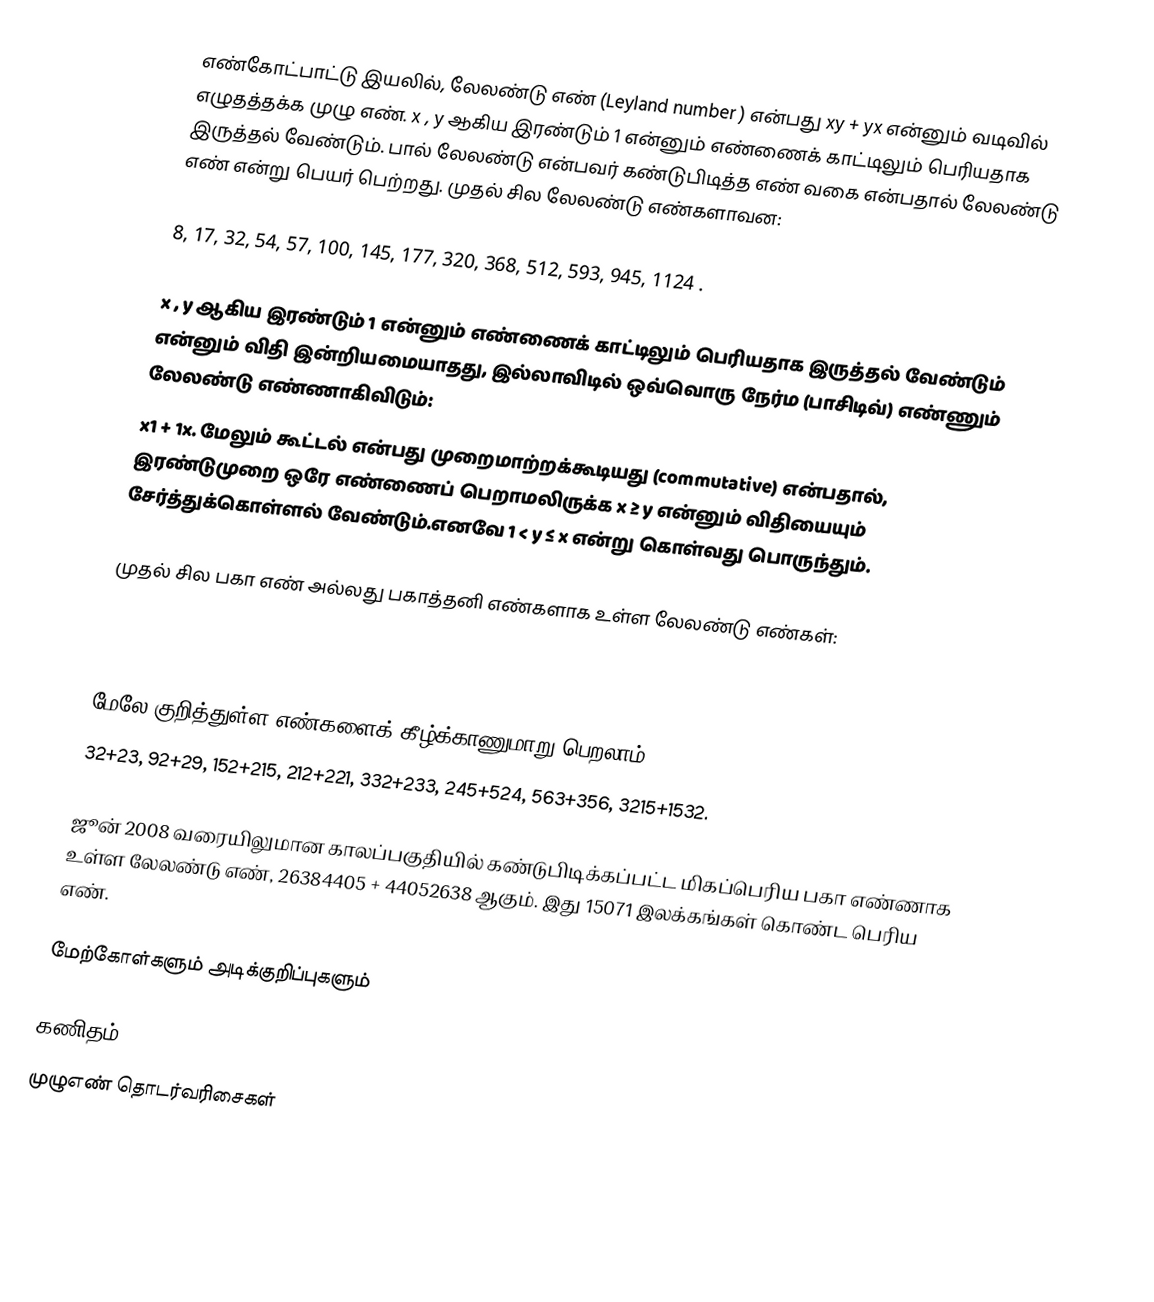
எண்கோட்பாட்டு இயலில், லேலண்டு எண் (Leyland number ) என்பது xy + yx என்னும் வடிவில் எழுதத்தக்க முழு எண்.  x , y  ஆகிய இரண்டும் 1 என்னும் எண்ணைக் காட்டிலும் பெரியதாக இருத்தல் வேண்டும். பால் லேலண்டு என்பவர் கண்டுபிடித்த எண் வகை என்பதால் லேலண்டு எண் என்று பெயர் பெற்றது. முதல் சில லேலண்டு எண்களாவன:

8, 17, 32, 54, 57, 100, 145, 177, 320, 368, 512, 593, 945, 1124 .

x , y  ஆகிய இரண்டும் 1 என்னும் எண்ணைக் காட்டிலும் பெரியதாக இருத்தல் வேண்டும் என்னும் விதி இன்றியமையாதது, இல்லாவிடில் ஒவ்வொரு நேர்ம (பாசிடிவ்) எண்ணும் லேலண்டு எண்ணாகிவிடும்:
x1 + 1x. மேலும் கூட்டல் என்பது முறைமாற்றக்கூடியது (commutative) என்பதால், இரண்டுமுறை ஒரே எண்ணைப் பெறாமலிருக்க x ≥ y என்னும் விதியையும் சேர்த்துக்கொள்ளல் வேண்டும்.எனவே  1 < y ≤ x என்று கொள்வது பொருந்தும்.

முதல் சில பகா எண் அல்லது பகாத்தனி எண்களாக உள்ள லேலண்டு எண்கள்:

17, 593, 32993, 2097593, 8589935681, 59604644783353249, 523347633027360537213687137, 43143988327398957279342419750374600193 ()

மேலே குறித்துள்ள எண்களைக் கீழ்க்காணுமாறு பெறலாம்:
32+23, 92+29, 152+215, 212+221, 332+233, 245+524, 563+356, 3215+1532.

ஜூன் 2008 வரையிலுமான காலப்பகுதியில் கண்டுபிடிக்கப்பட்ட மிகப்பெரிய பகா எண்ணாக உள்ள லேலண்டு எண்,  26384405 + 44052638 ஆகும். இது 15071 இலக்கங்கள் கொண்ட பெரிய எண்.

மேற்கோள்களும் அடிக்குறிப்புகளும்

கணிதம்
முழுஎண் தொடர்வரிசைகள்